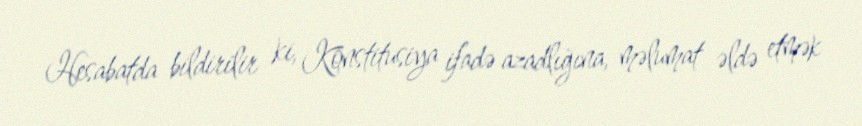
Hesabatda bildirilir ki, Konstitusiya ifadə azadlığına, məlumat əldə etmək